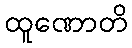
ထူဏောတိ